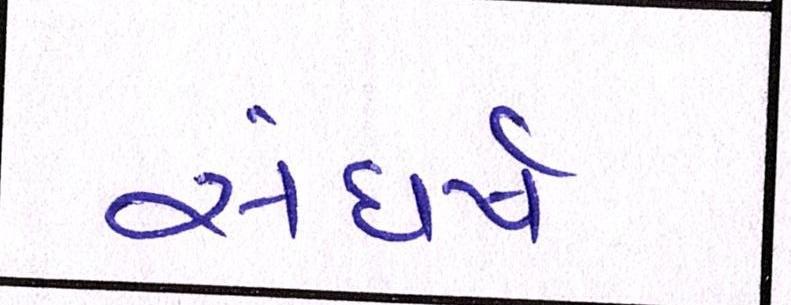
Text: સંઘર્ષ